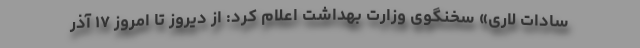
سادات لاری» سخنگوی وزارت بهداشت اعلام کرد: از دیروز تا امروز ۱۷ آذر